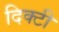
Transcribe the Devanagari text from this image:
दिक्टी